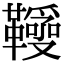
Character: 𩍱